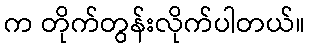
က တိုက်တွန်းလိုက်ပါတယ်။